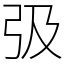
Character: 𢎽